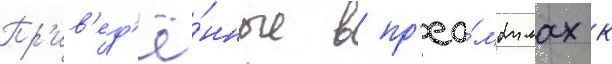
Пр'ив'ед'ё́нные в пр'еа́мбулах к